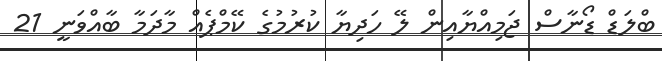
ބްލަޑް ޑޯނާސް ޖަމިއްޔާއިން ލޭ ހަދިޔާ ކުރުމުގެ ކޭމްޕެއް މާދަމާ ބާއްވަނީ 21